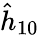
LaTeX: \hat{h}_{10}